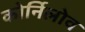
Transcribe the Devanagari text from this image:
कोर्निलोव